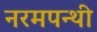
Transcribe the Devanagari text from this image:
नरमपन्थी